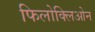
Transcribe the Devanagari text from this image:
फिलोक्लिओन